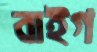
বাইগ